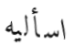
اسأليه